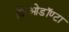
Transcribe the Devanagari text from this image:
क्रिओडॉण्टा